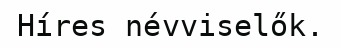
Híres névviselők.